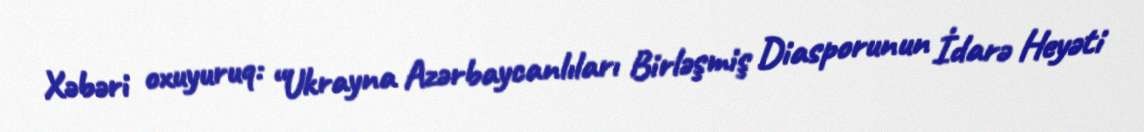
Xəbəri oxuyuruq: “Ukrayna Azərbaycanlıları Birləşmiş Diasporunun İdarə Heyəti